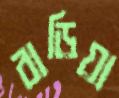
বাড়িয়া